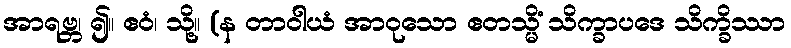
အာရဗ္ဘ၊ ၍။ ဧဝံ၊ သို့။ (န တာဝါယံ အာဝုသော ဧတသ္မိံ သိက္ခာပဒေ သိက္ခိဿာ